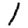
Digit: 1